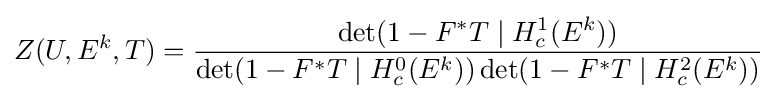
Z(U,E^{k},T)={\frac {\det(1-F^{*}T\mid H_{c}^{1}(E^{k}))}{\det(1-F^{*}T\mid H_{c}^{0}(E^{k}))\det(1-F^{*}T\mid H_{c}^{2}(E^{k}))}}